King Institute of Preventive Medicine Micro-Biological Section reports 1909-11
Year: 1909
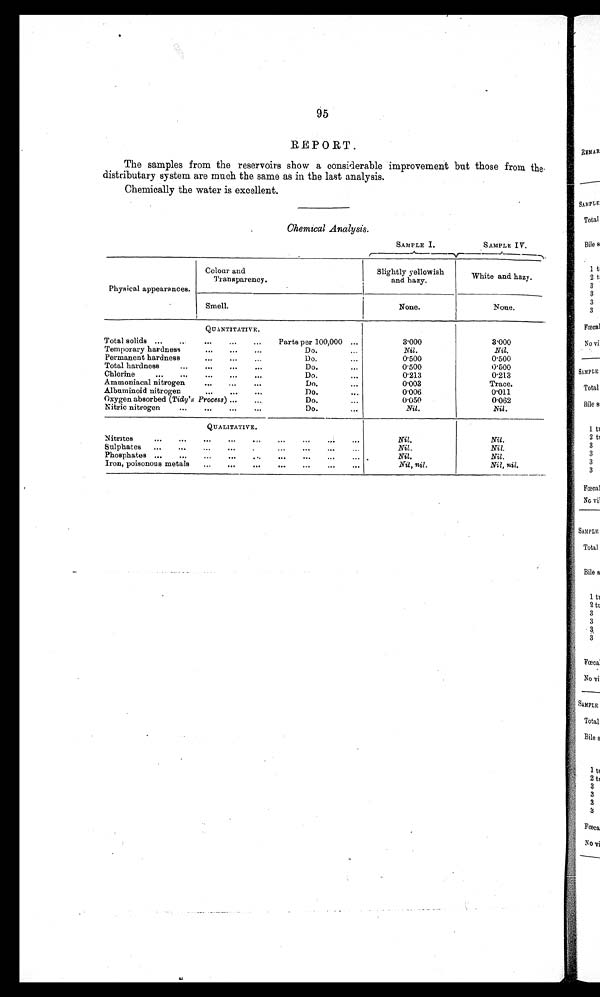
95
REPORT.
The samples from the reservoirs show a considerable improvement but those from the
distributary system are much the same as in the last analysis.
Chemically the water is excellent.
Chemical Analysis.
SAMPLE I.
SAMPLE IV.
Physical appearances.
Colour and
Transparency.
Slightly yellowish
and hazy.
White and hazy.
Smell.
None.
N o n e .
QUANTITATIVE.
Total solids . . .
Parts per 100,000 . . .
3.000
3.000
Temporary hardness
. . .
D o . . . .
Nil.
Nil.
Permanent hardness
. . .
Do. . . .
0.500
0.500
Total hardness
. . .
Do. . . .
0.500
0 . 5 0 0
Chlorine
. . .
Do. . . .
0.213
0.213
Ammoniacal nitrogen
. . .
Do. . . .
0.003
Trace.
Albuminoid nitrogen . . .
Do. . . .
0.006
0.011
Oxygen absorbed ( Tidy's Process ) . . .
Do. . . .
0.050
0.062
Nitric nitrogen
. . .
Do. . . .
Nil.
Nil.
QUALITATIVE.
Nitrites
. . .
Nil.
Nil.
Sulphates
. . .
Nil .
Nil.
Phosphates . . .
N i l .
Nil.
Iron, poisonous metals
. . .
Nil, nil.
Nil, nil.